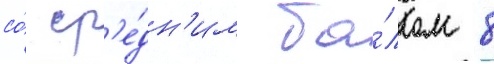
со́ ср'е́дн'им ба́ллом 8